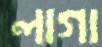
লাগা